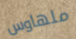
ملهاوس